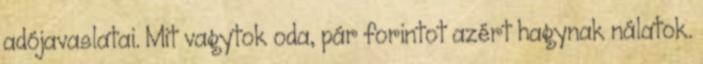
adójavaslatai. Mit vagytok oda, pár forintot azért hagynak nálatok.